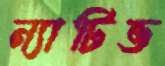
ন্যাটিভ